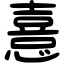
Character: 憙